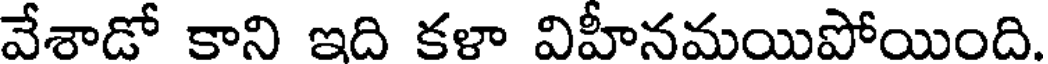
వేశాడో కాని ఇది కళా విహీనమయిపోయింది.